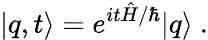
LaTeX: |q,t\rangle=e^{it\hat{H}/\hbar}|q\rangle\ .